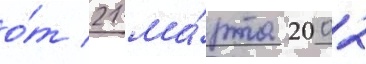
о́т 21 ма́рта 2002